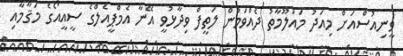
ވީނިއުސްއަށް މިއަދު މައުލޫމާތު ދެއްވަމުން ލަތީފް ވިދާޅުވީ އޭނާ އެމްޕީއެލްގެ ސީއީއޯގެ މަޤާމާއި